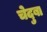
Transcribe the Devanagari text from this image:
चेदुबा